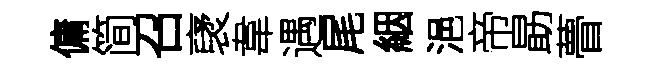
傭简召裦韋遇尾絪浥帝勗瞢